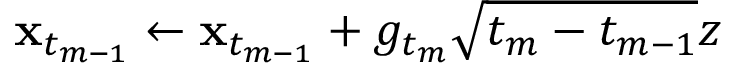
\mathbf { x } _ { t _ { m - 1 } } \gets \mathbf { x } _ { t _ { m - 1 } } + g _ { t _ { m } } \sqrt { t _ { m } - t _ { m - 1 } } z